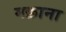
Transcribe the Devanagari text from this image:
मक्राना